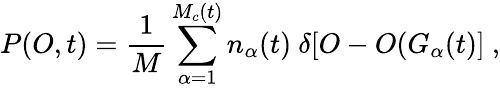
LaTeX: P(O,t)=\frac{1}{M}\sum_{\alpha=1}^{M_{c}(t)}n_{\alpha}(t)\ \delta[O-O(G_{\alpha}(t)]\ ,